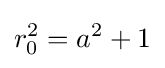
r_{0}^{2}=a^{2}+1